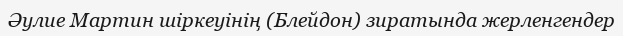
Әулие Мартин шіркеуінің (Блейдон) зиратында жерленгендер